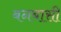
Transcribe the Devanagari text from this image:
बनबासी